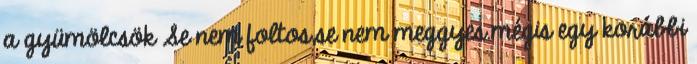
a gyümölcsök Se nem foltos,se nem meggyes.mégis egy korábbi